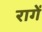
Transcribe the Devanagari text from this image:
रागें